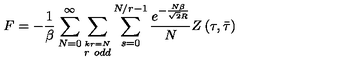
F = - \frac { 1 } { \beta } \sum _ { N = 0 } ^ { \infty } \sum _ { \stackrel { k r = N } { r \ o d d } } \sum _ { s = 0 } ^ { N / r - 1 } \frac { e ^ { - \frac { N \beta } { \sqrt { 2 } R } } } { N } Z \left( \tau , \bar { \tau } \right)